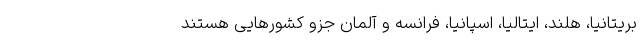
بریتانیا، هلند، ایتالیا، اسپانیا، فرانسه و آلمان جزو کشورهایی هستند